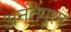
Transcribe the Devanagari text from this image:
अनंतपूरम